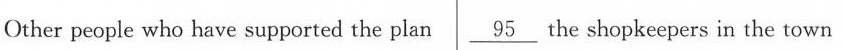
Other people who have supported the plan underline{95} the shopkeepers in the town